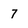
Character: 7